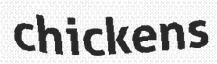
chickens